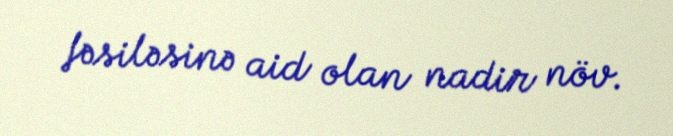
fəsiləsinə aid olan nadir növ.